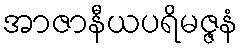
အာဇာနီယပရိမဇ္ဇနံ